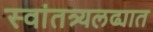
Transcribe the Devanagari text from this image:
स्वांतत्र्यलढ्यात